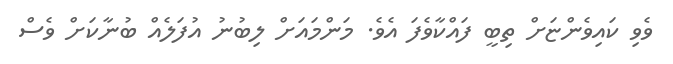
ވެވި ކައިވެންޏަށް ތިބީ ފައްކާވެފަ އެވެ. މަންމައަށް ލިބުނު އުފަލެއް ބުނާކަށް ވެސް